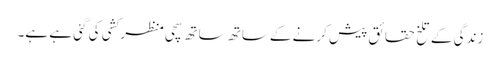
زندگی کے تلخ حقائق پیش کرنے کےساتھ ساتھ سچی منظر کشی کی گئی ہے ہے۔